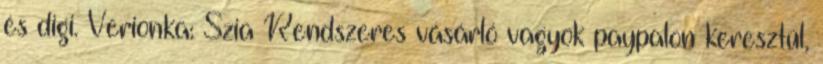
és digi. Verionka: Szia Rendszeres vásárló vagyok paypalon keresztül,